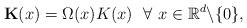
LaTeX: \begin{align*} \mathbf{K}(x)=\Omega(x)K(x)~~\forall~x\in \mathbb{R}^d\backslash\{0\},\end{align*}